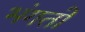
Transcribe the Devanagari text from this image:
भंगतो